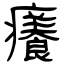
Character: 癢